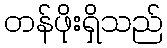
တန်ဖိုးရှိသည်